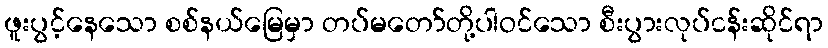
ဖူးပွင့်နေသော စစ်နယ်မြေမှာ တပ်မတော်တို့ပါဝင်သော စီးပွားလုပ်ငန်းဆိုင်ရာ